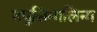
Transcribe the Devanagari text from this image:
नपुसिन्गलिन्ग